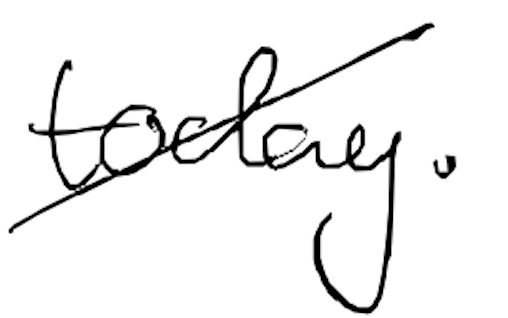
Text: today.
Cross-out: diagonal
Writing tool: digital_black